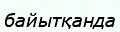
байытқанда